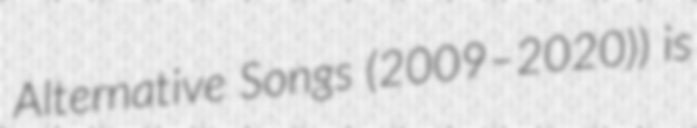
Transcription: Alternative Songs (2009–2020)) is